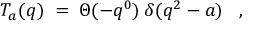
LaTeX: T _ { a } ( q ) \; = \; \Theta ( - q ^ { 0 } ) \: \delta ( q ^ { 2 } - a ) \; \; \; ,